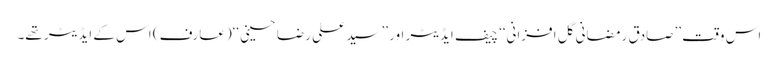
اس وقت ’’صادق رمضانی گل افزانی‘‘ چیف ایڈیٹر اور ’’سید علی رضا حسینی‘‘(عارف) اس کے ایڈیٹر تھے۔